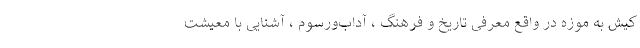
کیش به موزه در واقع معرفی تاریخ و فرهنگ ، آداب‌ورسوم ، آشنایی با معیشت